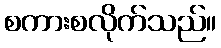
စကားစလိုက်သည်။